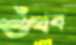
শুঁখব